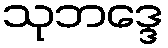
သုဘဒ္ဒေ